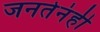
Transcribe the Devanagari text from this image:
जनतेनंही